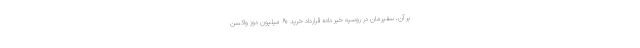
بر آن، سفیرمان در روسیه خبر داده قرارداد خرید ۶۰ میلیون دوز واکسن